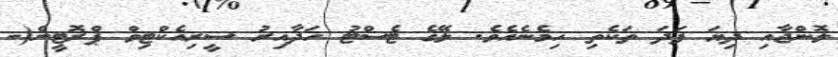
ލޮންޖާއި ދިޔަ ފަދަ ތަކެތި ހިމެނެއެވެ. ލޭގެ ޓެސްޓު ހަދާއިރު ސީރިއެކްޓިވް ޕްރޮޓީން(-